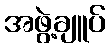
အဖွဲ့ချူပ်